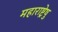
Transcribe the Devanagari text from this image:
महाराष्ट्रेषु